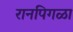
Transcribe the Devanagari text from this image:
रानपिगळा